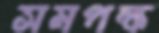
সমপক্ষ